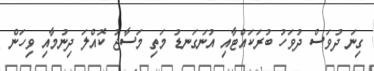
ގިނަ ދުވަސް ދުވަހު ބުރަކައްޓާއި އުނަގަނޑު މަތި މަސާޖު ކޮއްލަ ދިނުމާއި ވިހަން